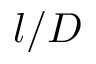
l / D